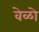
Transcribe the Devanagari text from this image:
वेळो